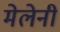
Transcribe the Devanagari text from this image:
मेलेनी